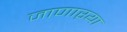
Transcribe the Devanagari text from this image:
जाणाऱया